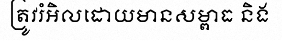
ត្រូវរំអិលដោយមានសម្ពាធ និង